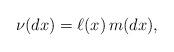
LaTeX: \begin{align*}\nu(dx)=\ell(x)\,m(dx),\end{align*}